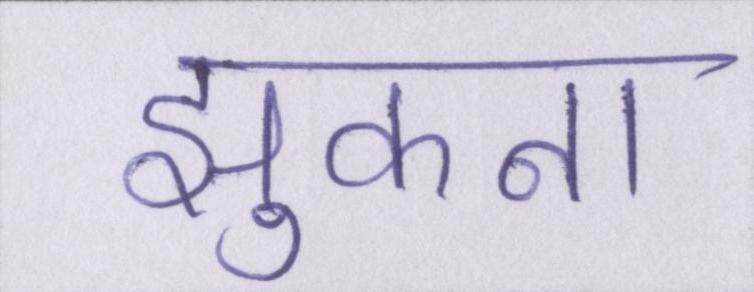
झुकना